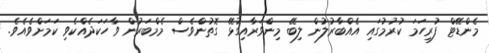
މެންޑޭޓް ފުރިހަމަ ކުރުމުގައި އެއްބާރުލުން ލިބޭ މިންވަރާއިގުޅޭ ގޮތުންވެސް މެމްބަރުން ވާހަކަދެއްކެވި ކަމަށްވެއެވެ.